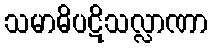
သမာဓိပဋိသလ္လာဏာ